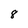
Character: 8